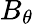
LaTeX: B_{\theta}